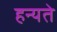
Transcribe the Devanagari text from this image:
हन्यते